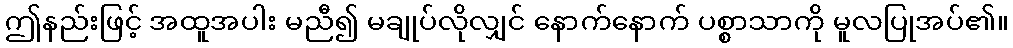
ဤနည်းဖြင့် အထူအပါး မညီ၍ မချုပ်လိုလျှင် နောက်နောက် ပစ္စာသာကို မူလပြုအပ်၏။